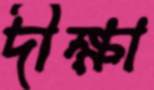
দীক্ষা